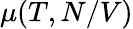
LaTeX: \mu(T,N/V)